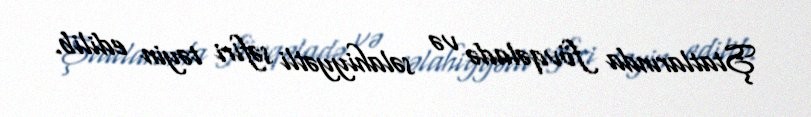
Ştatlarında fövqəladə və səlahiyyətli səfiri təyin edilib.